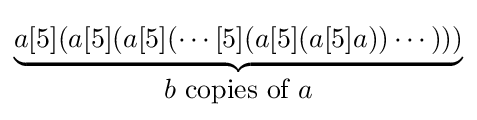
\underbrace {a[5](a[5](a[5](\cdots [5](a[5](a[5]a))\cdots )))} _{\displaystyle b{\mbox{ copies of }}a}